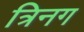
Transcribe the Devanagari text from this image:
त्रिनग